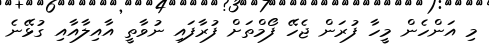
މި އަންހެން މީހާ ފުރަން ޖެހޭ ފޯމްތަށް ފުރާފައި ނުވާތީ އާއިލާއާއި ގުޅޭނެ